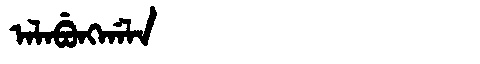
Manchu: ᠠᠯᠠᠪᡠᠩᡤᠠᠯᠠ
Romanization: ALABUNGGALA